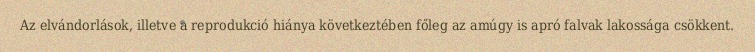
Az elvándorlások, illetve a reprodukció hiánya következtében főleg az amúgy is apró falvak lakossága csökkent.